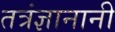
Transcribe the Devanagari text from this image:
तत्रंज्ञानानी